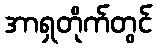
အာရှတိုက်တွင်